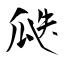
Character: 瓞